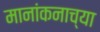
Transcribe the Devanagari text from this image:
मानांकनाच्या